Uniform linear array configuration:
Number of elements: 24
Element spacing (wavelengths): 0.75
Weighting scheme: hann
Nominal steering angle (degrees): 45
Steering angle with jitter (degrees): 46.49
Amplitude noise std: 0.05
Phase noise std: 0.05

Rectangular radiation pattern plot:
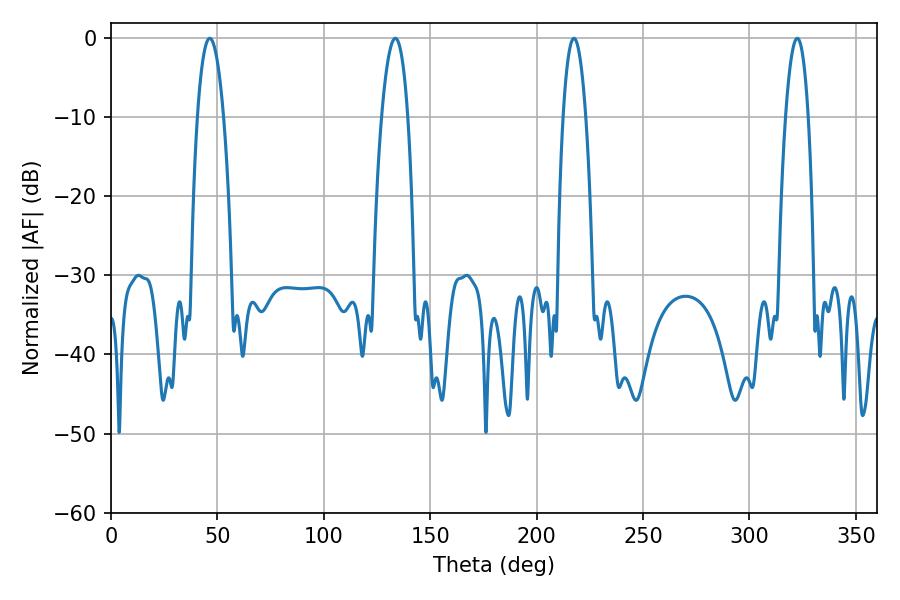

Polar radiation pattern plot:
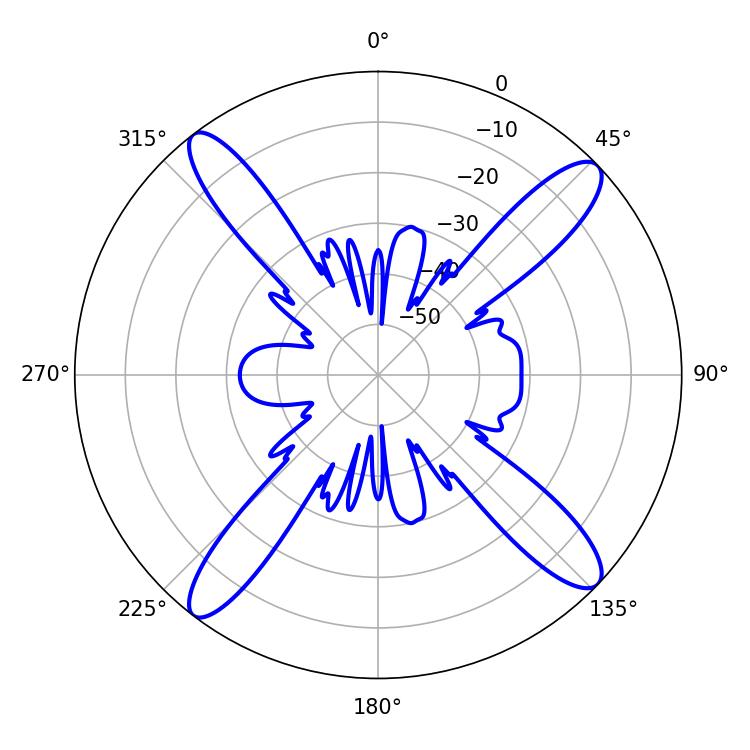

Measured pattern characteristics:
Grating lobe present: TRUE
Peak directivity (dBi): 15.984
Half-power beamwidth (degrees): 6.84
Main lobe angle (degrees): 46.44